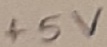
Text: +5V